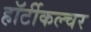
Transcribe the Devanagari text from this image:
हॉर्टीकल्चर